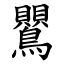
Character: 鸎